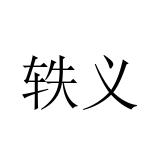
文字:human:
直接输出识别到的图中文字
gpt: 轶义